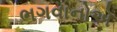
ભગવાનોએ